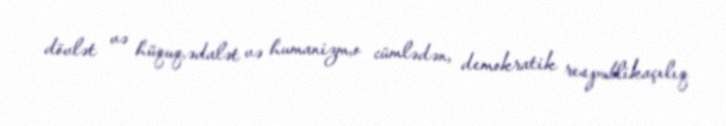
dövlət və hüquq,ədalət və humanizm,o cümlədən, demokratik respublikaçılıq